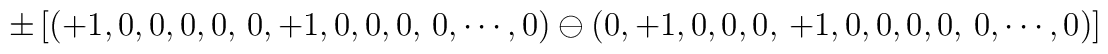
\pm \left [ (+1,0,0,0,0, \, 0,+1,0,0,0,\, 0,\cdots, 0) \ominus(0,+1,0,0,0,\, +1,0,0,0,0, \, 0,\cdots, 0) \right ]